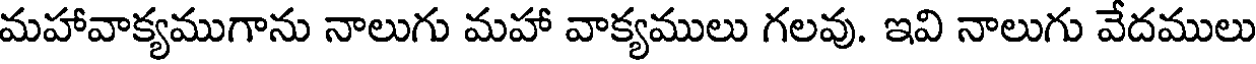
మహావాక్యముగాను నాలుగు మహా వాక్యములు గలవు. ఇవి నాలుగు వేదములు